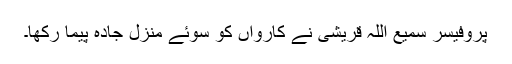
پروفیسر سمیع اللہ قریشی نے کارواں کو سوئے منزل جادہ پیما رکھا۔